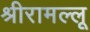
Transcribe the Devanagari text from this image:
श्रीरामल्लू